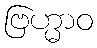
ဗြဟ္မာဝ